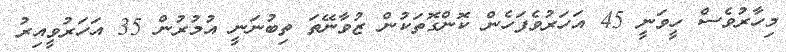
މިހާރުވެސް ހީވަނީ 45 އަހަރުވެފަހެން ކޮންގޮތަކުން ޒުވާނޭތަ ތިބުނަނީ އުމުރުން 35 އަހަރުވީއިރު